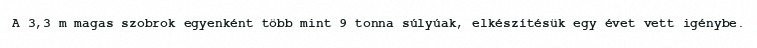
A 3,3 m magas szobrok egyenként több mint 9 tonna súlyúak, elkészítésük egy évet vett igénybe.